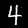
Label: 4